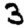
Digit: 3